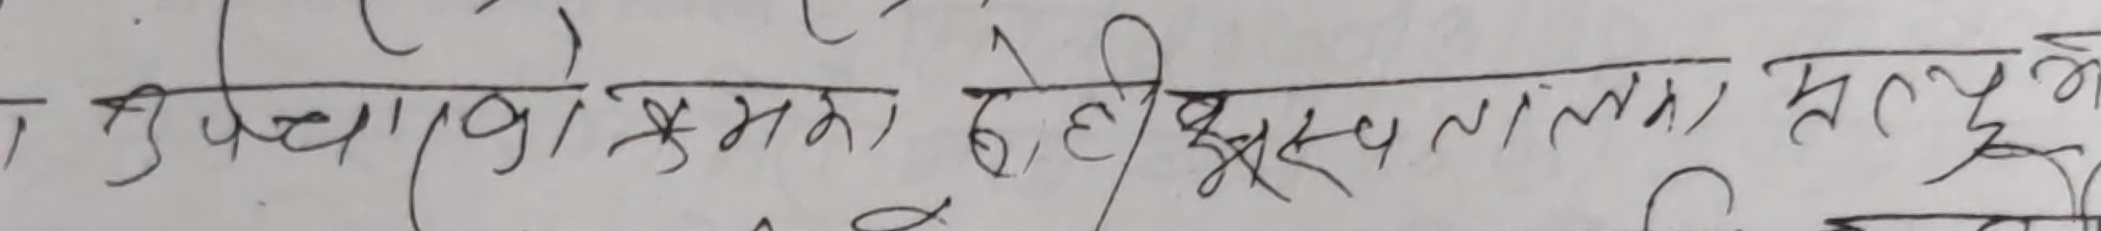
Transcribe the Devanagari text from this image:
उपचारको क्रममा देही अस्पतालमा मृत्युभने